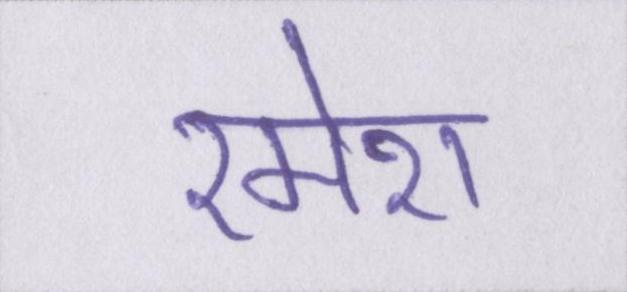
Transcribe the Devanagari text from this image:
रमेश